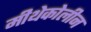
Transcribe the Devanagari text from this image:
मीथेकोलीन